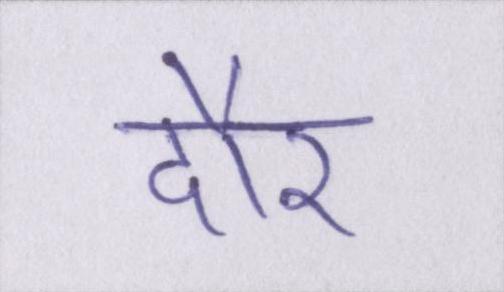
दौर